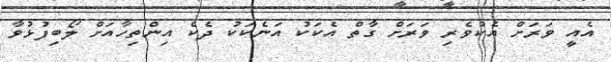
އެއީ ވަރަށް އެކުވެރި ވަރަށް ގާތް އެކަކު އަނެކަކު ދެކެ އިންތިހާއަށް ލޯބިފުޅުވާ